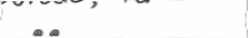
٥٨